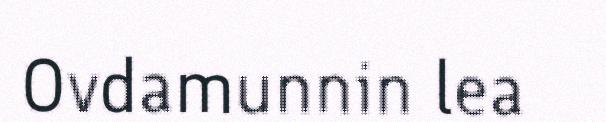
Ovdamunnin lea